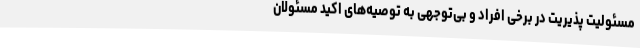
مسئولیت پذیریت در برخی افراد و بی‌توجهی به توصیه‌های اکید مسئولان